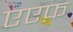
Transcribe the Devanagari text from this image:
एएफ़